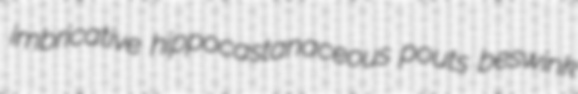
imbricative hippocastanaceous pouts beswink